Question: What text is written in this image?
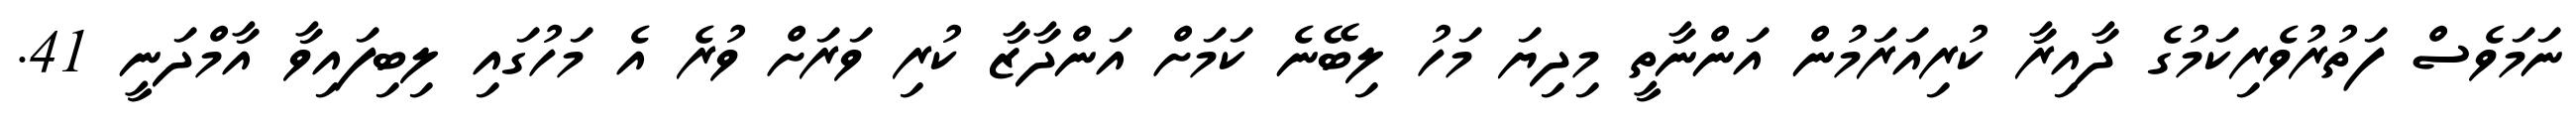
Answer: ނަމަވެސް ފަތުރުވެރިކަމުގެ ދާއިރާ ކުރިއަރަމުން އަންނާތީ މިދިޔަ މަހު ލިބޭނެ ކަމަށް އަންދާޒާ ކުރި ވަރަށް ވުރެ އެ މަހުގައި ލިބިފައިވާ އާމްދަނީ 41.